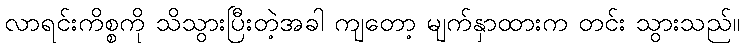
လာရင်းကိစ္စကို သိသွားပြီးတဲ့အခါ ကျတော့ မျက်နှာထားက တင်း သွားသည်။